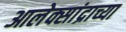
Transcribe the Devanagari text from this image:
आलेक्सांद्राच्या